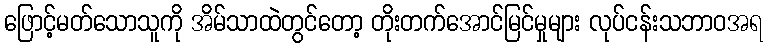
ဖြောင့်မတ်သောသူကို အိမ်သာထဲတွင်တော့ တိုးတက်အောင်မြင်မှုများ လုပ်ငန်းသဘာဝအရ